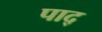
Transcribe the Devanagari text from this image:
पाद्